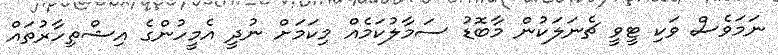
ނަމަވެސް ވަކި ޓީވީ ޗެނަލަކުން މާބޮޑު ސަމާލުކަމެއް މިކަމަށް ނުދީ އެމީހުންގެ އިޝްތިހާރުތައް